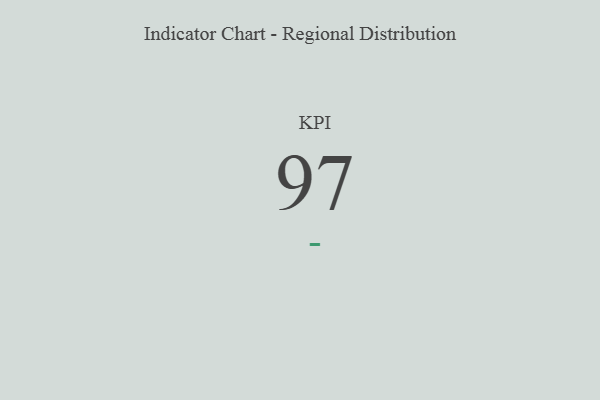
{"axis": {"x": "KPI", "y": "Value"}, "legend": [""], "data": [{"x": "KPI", "y": 97, "type": ""}]}